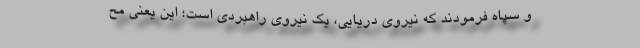
و سپاه فرمودند که نیروی دریایی، یک نیروی راهبردی است؛ این یعنی مح